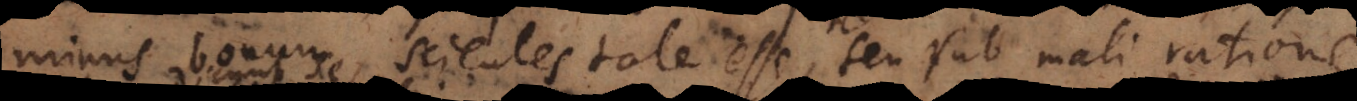
minus bonum, scientes tale esse, seu sub mali ratione